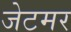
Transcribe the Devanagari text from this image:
जेटमर